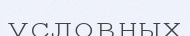
условных